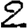
Digit: 2